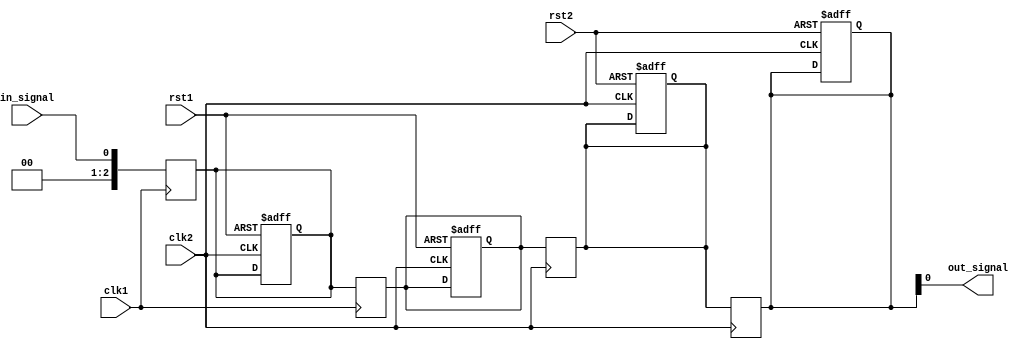
module timing_control_block (
    input wire clk1,
    input wire clk2,
    input wire rst1,
    input wire rst2,
    input wire in_signal,
    output reg out_signal
);

reg [2:0] sync_reg1;
reg [2:0] sync_reg2;
reg [2:0] sync_reg3;
reg [2:0] sync_reg4;

always @(posedge clk1) begin
    sync_reg1 <= in_signal;
    sync_reg2 <= sync_reg1;
end

always @(posedge clk2) begin
    sync_reg3 <= sync_reg2;
    sync_reg4 <= sync_reg3;
end

always @(posedge clk2 or posedge rst1) begin
    if (rst1) begin
        sync_reg1 <= 3'b000;
        sync_reg2 <= 3'b000;
    end
end

always @(posedge clk2 or posedge rst2) begin
    if (rst2) begin
        sync_reg3 <= 3'b000;
        sync_reg4 <= 3'b000;
    end
end

assign out_signal = sync_reg4[0];

endmodule